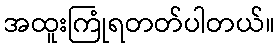
အထူးကြုံရတတ်ပါတယ်။